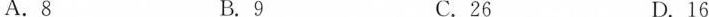
A.8 B.9 C.26 D.16